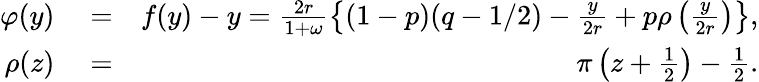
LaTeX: \begin{array}{rlr}{\varphi(y)}&{{}=}&{f(y)-y=\frac{2r}{1+\omega}\left\{ (1-p)(q-1/2)-\frac{y}{2r}+p\rho\left(\frac{y}{2r}\right)\right\} ,}\\ {\rho(z)}&{{}=}&{\pi\left(z+\frac{1}{2}\right)-\frac{1}{2}.}\end{array}